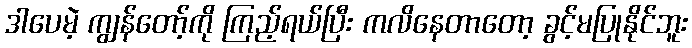
ဒါပေမဲ့ ကျွန်တော့်ကို ကြည့်ရယ်ပြီး ကလိနေတာတော့ ခွင့်မပြုနိုင်ဘူး